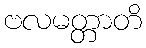
ဗလမတ္တာတိ